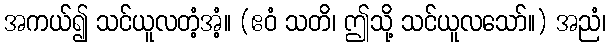
အကယ်၍ သင်ယူလတံ့အံ့။ (ဧဝံ သတိ၊ ဤသို့ သင်ယူလသော်။) အညံ၊